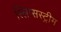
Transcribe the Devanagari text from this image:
स्लिप्सस्ट्रीम